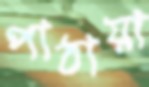
পাঠায়া